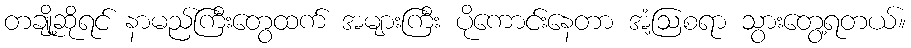
တချို့ဆိုရင် နာမည်ကြီးတွေထက် အများကြီး ပိုကောင်းနေတာ အံ့ဩစရာ သွားတွေ့ရတယ်။